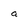
Character: a